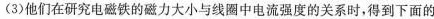
(3)他们在研究电磁铁的磁力大小与线圈中电流强度的关系时，得到下面的